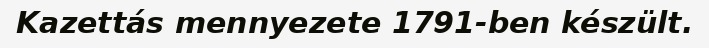
Kazettás mennyezete 1791-ben készült.